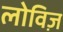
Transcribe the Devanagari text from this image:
लोविज़